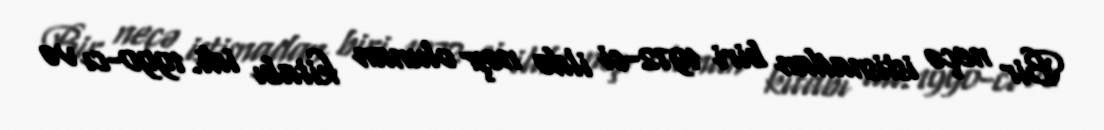
Bir neçə istisnadan biri 1972-ci ildə nəşr olunan kitabı idi. 1990-cı və